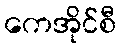
ကေအိုင်စီ